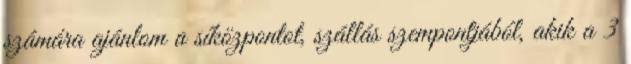
számára ajánlom a síközpontot, szállás szempontjából, akik a 3